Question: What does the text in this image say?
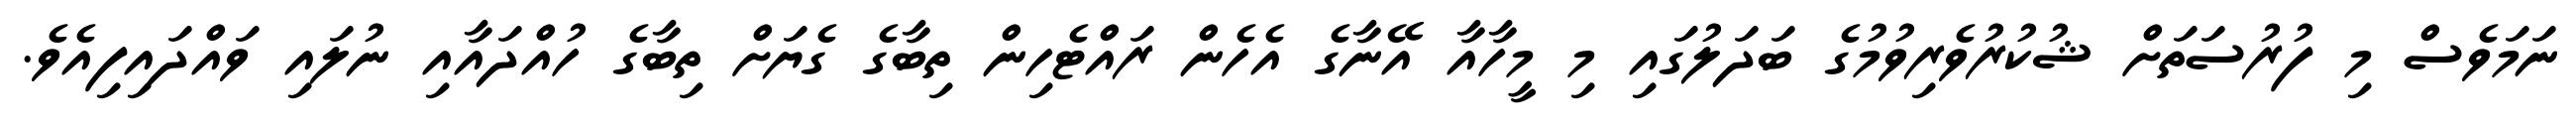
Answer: ނަމަވެސް މި ފުރުސަތަށް ޝުކުރުވެރިވުމުގެ ބަދަލުގައި މި މީހާއާ އޭނާގެ އެހެން ރައްޓެހިން ތިބާގެ ގެޔަށް ތިބާގެ ހުއްދައާއި ނުލައި ވައްދައިފިއެވެ.